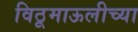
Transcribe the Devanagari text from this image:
विठूमाऊलीच्या